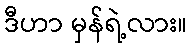
ဒီဟာ မှန်ရဲ့လား။